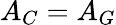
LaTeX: A_{C}=A_{G}